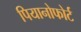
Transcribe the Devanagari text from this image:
पियानोफोर्ट